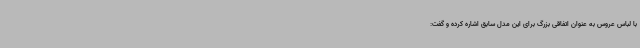
با لباس عروس به عنوان اتفاقی بزرگ برای این مدل سابق اشاره کرده و گفت: